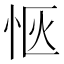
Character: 𪫯